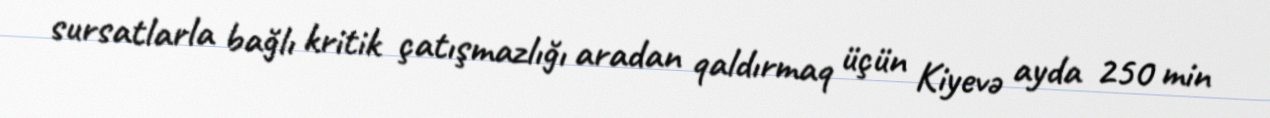
sursatlarla bağlı kritik çatışmazlığı aradan qaldırmaq üçün Kiyevə ayda 250 min